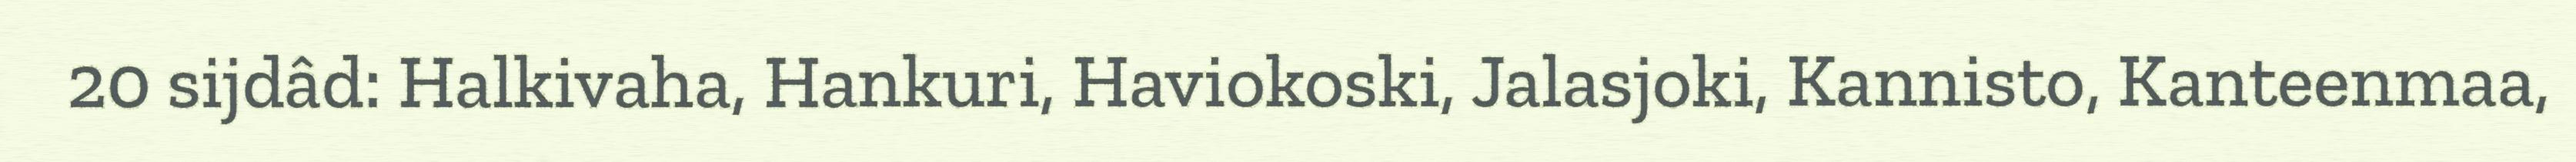
20 sijdâd: Halkivaha, Hankuri, Haviokoski, Jalasjoki, Kannisto, Kanteenmaa,